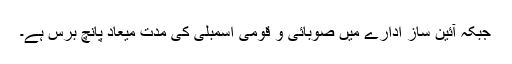
جبکہ آئین ساز ادارے میں صوبائی و قومی اسمبلی کی مدت میعاد پانچ برس ہے۔